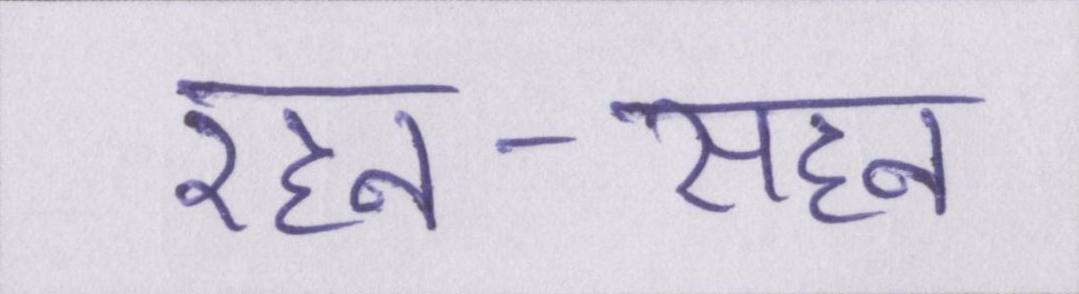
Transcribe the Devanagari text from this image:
रहन-सहन